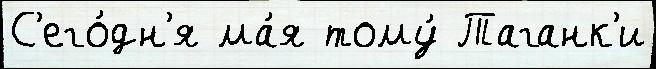
С'его́дн'я ма́я тому́ Таганк'и